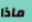
ماذا